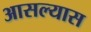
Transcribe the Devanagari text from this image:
आसल्यास